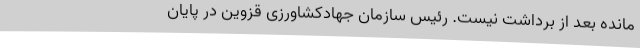
‌مانده بعد از برداشت نیست. رئیس سازمان جهادکشاورزی قزوین در پایان